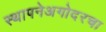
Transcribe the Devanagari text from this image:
स्थापनेअगोदरचा